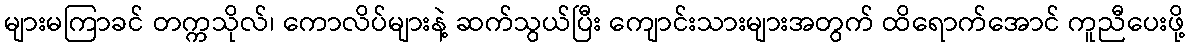
များမကြာခင် တက္ကသိုလ်၊ ကောလိပ်များနဲ့ ဆက်သွယ်ပြီး ကျောင်းသားများအတွက် ထိရောက်အောင် ကူညီပေးဖို့